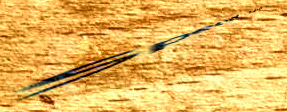
Speed Limit 60